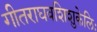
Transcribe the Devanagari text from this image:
गीतराघवशिशुकेलिः